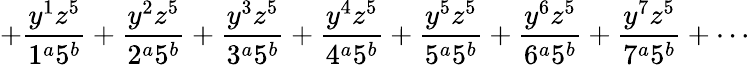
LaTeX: +\frac{y^{1}z^{5}}{1^{a}5^{b}}+\frac{y^{2}z^{5}}{2^{a}5^{b}}+\frac{y^{3}z^{5}}{3^{a}5^{b}}+\frac{y^{4}z^{5}}{4^{a}5^{b}}+\frac{y^{5}z^{5}}{5^{a}5^{b}}+\frac{y^{6}z^{5}}{6^{a}5^{b}}+\frac{y^{7}z^{5}}{7^{a}5^{b}}+\cdots